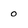
Character: 0